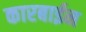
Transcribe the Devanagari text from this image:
कारबाईन